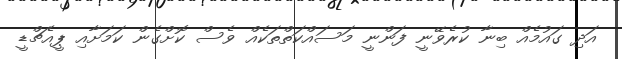
އަދި ގައުމެއް ބިނާ ކުރެވޭނީ ފަންނީ މަސައްކަތްތަކެއް ވެސް ކޮށްގެން ކަމަށާއި ޕީއެޗްޑީ